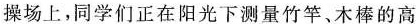
操场上，同学们正在阳光下测量竹竿、木棒的高